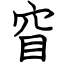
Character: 窅